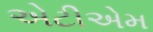
એટીએમ